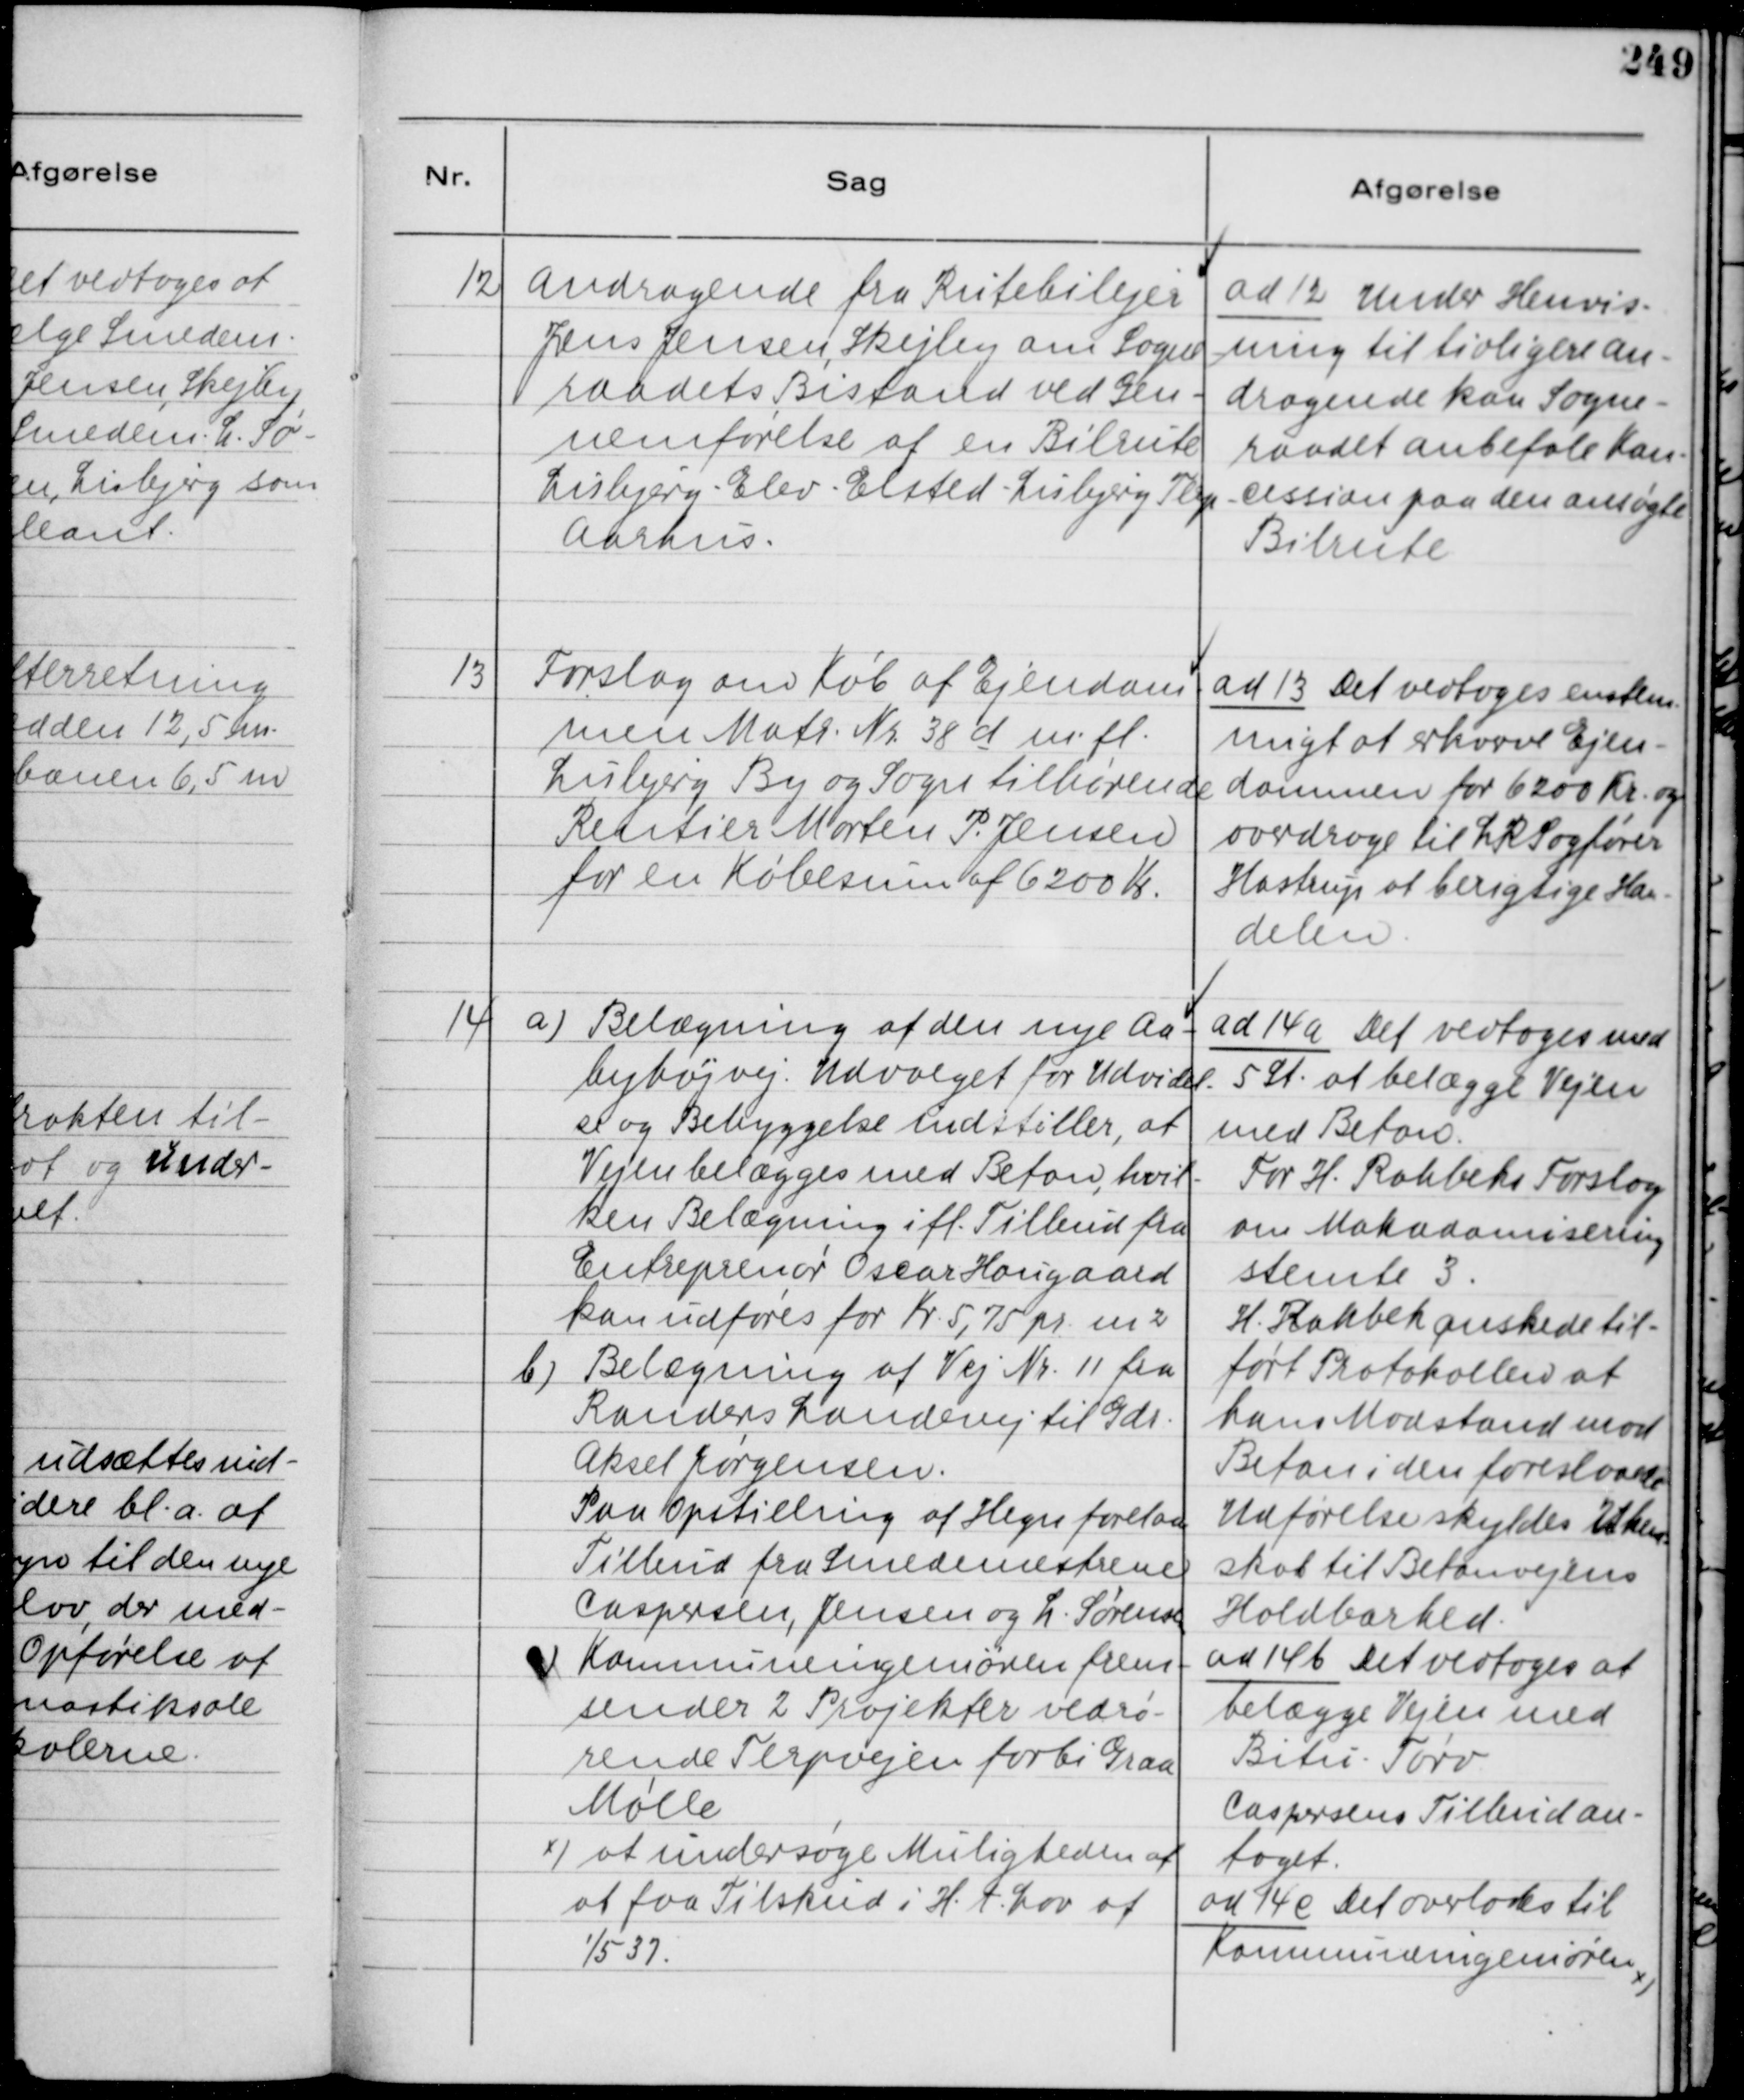
Transskription:
12
Andragende fra Rutebilejer
Jens Jensen, Skejlby om Sogne-
raadets Bistand ved Gen-
nemførelse af en Bilrute
Lisbjerg - Elev - Elsted - Lisbjerg - Terp -
Aarhus.

ad 12 Under Henvis-
ning til tidligere an-
dragende kan Sogne-
raadet anbefale Kon-
cession paa den ansøgte
Bilrute

13
Forslag om Køb af Ejendom-
men Matr. Nr. 38 d m. fl.
Lisbjerg By og Sogn tilhørende
Rentier Morten P. Jensen
for en Købesum af 6200 Kr.

ad 13 Det vedtoges enstem-
migt at erhvere Ejen-
dommen for 6200 Kr. og
overdrage til LR. Sagfører
Hastrup at berigtige Han-
delen.

14
a) Belægning af den nye Aa-
byhøjvej. Udvalget for Udvidel-
se og Bebyggelse indstiller, at
Vejen belægges med Beton, hvil-
ken Belægning ifl. Tilbud fra
Entreprenør Oscar Hougaard
kan udføres for Kr. 5,75 pr. m²
b) Belægning af Vej Nr. 11 fra
Randers Landevej til Gdr.
Aksel Jørgensen.
Paa Opstilling af Hegn forelaa
Tilbud fra Smedemestrene
Caspersen, Jensen og L. Sørensen
c) Kommuneingenøren frem-
sender 2 Projekter vedrø-
rende Terpvejen forbi Graa
Mølle
x) at undersøge Muligheden af
at faa Tilskud i H. t. Lov af
1/5 37.

ad 14 a Det vedtoges med
5 St. at belægge Vejen
med Beton.
For H. Rahbeks Forslag
om Makadamisering
stemte 3.
H. Rahbek ønskede til-
ført Protokollen af
hans Modstand mod
Beton i den foreslaaede
Udførelse skyldes Uken-
skab til Betonvejens
Holdbarhed.
ad 14 b Det vedtoges at
belægge Vejen med
Bitu - Tørv.
Caspersens Tilbud an-
taget.
ad 14 c Det overlodes til
Kommuneingeniøren
x )